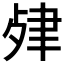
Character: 𦘖